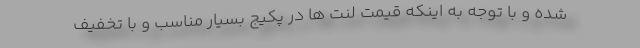
شده و با توجه به اینکه قیمت لنت ها در پکیج بسیار مناسب و با تخفیف